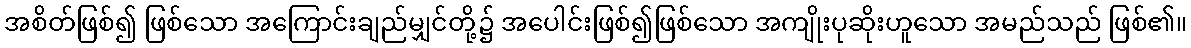
အစိတ်ဖြစ်၍ ဖြစ်သော အကြောင်းချည်မျှင်တို့၌ အပေါင်းဖြစ်၍ဖြစ်သော အကျိုးပုဆိုးဟူသော အမည်သည် ဖြစ်၏။